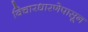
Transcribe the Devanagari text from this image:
विचारधारणेपासून